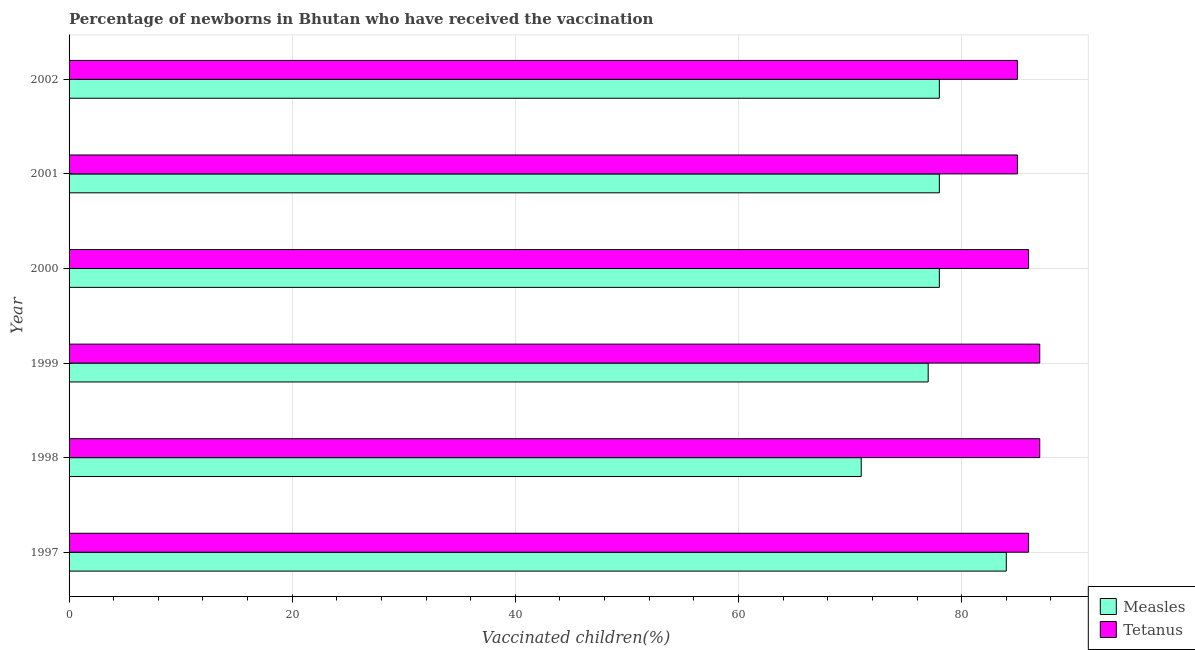
| Year | Measles | Tetanus |
 | --- | --- | --- |
 | 1997 | 84 | 86 |
 | 1998 | 71 | 87 |
 | 1999 | 77 | 87 |
 | 2000 | 78 | 86 |
 | 2001 | 78 | 85 |
 | 2002 | 78 | 85 |